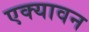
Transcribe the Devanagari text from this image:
एक्यावन